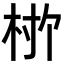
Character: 𬂨